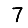
Digit: 7